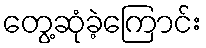
တွေ့ဆုံခဲ့ကြောင်း